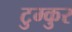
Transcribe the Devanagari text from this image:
टुम्कुर